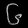
Digit: ၆